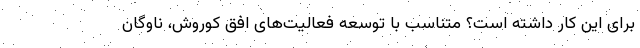
برای این کار داشته است؟ متناسب با توسعه فعالیت‌های افق کوروش، ناوگان